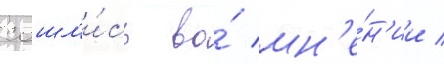
сошл'и́сь во́ мн'е́н'ии /